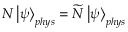
N \left| \psi \right\rangle _ { p h y s } = \widetilde { N } \left| \psi \right\rangle _ { p h y s }